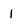
Character: l